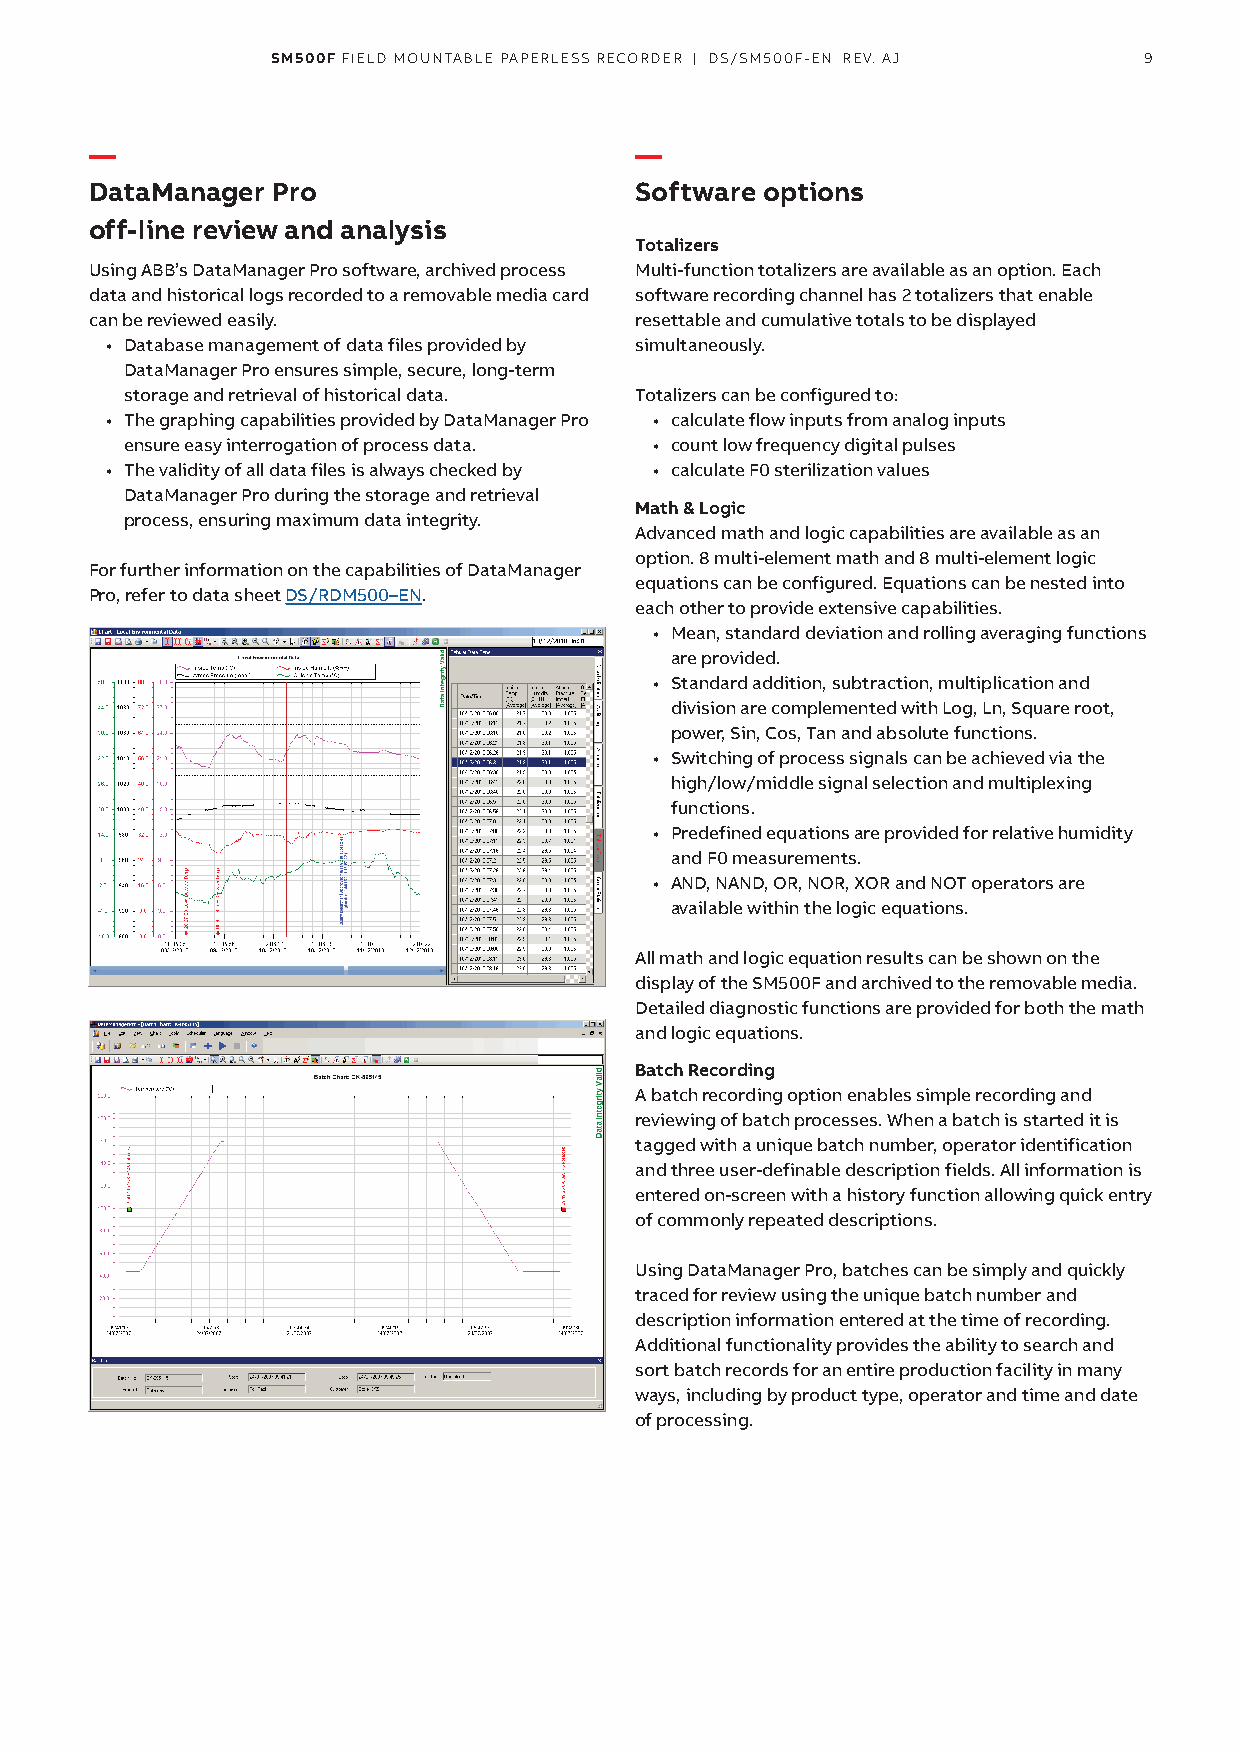
SM500F FIELD MOUNTABLE PAPERLESS RECORDER | DS/SM500F-EN REV. AJ 9
 —                                   —
 DataManager Pro                     Software options
 off-line review and analysis
 Totalizers
 Using ABB’s DataManager Pro software, archived process Multi-function totalizers are available as an option. Each
 data and historical logs recorded to a removable media card software recording channel has 2 totalizers that enable
 can be reviewed easily.             resettable and cumulative totals to be displayed
 • Database management of data files provided by simultaneously.
 DataManager Pro ensures simple, secure, long-term
 storage and retrieval of historical data. Totalizers can be configured to:
 • The graphing capabilities provided by DataManager Pro • calculate flow inputs from analog inputs
 ensure easy interrogation of process data. • count low frequency digital pulses
 • The validity of all data files is always checked by • calculate F0 sterilization values
 DataManager Pro during the storage and retrieval
 Math & Logic
 process, ensuring maximum data integrity.
 Advanced math and logic capabilities are available as an
 option. 8 multi-element math and 8 multi-element logic
 For further information on the capabilities of DataManager
 equations can be configured. Equations can be nested into
 Pro, refer to data sheet DS/RDM500–EN.
 each other to provide extensive capabilities.
 • Mean, standard deviation and rolling averaging functions
 are provided.
 • Standard addition, subtraction, multiplication and
 division are complemented with Log, Ln, Square root,
 power, Sin, Cos, Tan and absolute functions.
 • Switching of process signals can be achieved via the
 high/low/middle signal selection and multiplexing
 functions.
 • Predefined equations are provided for relative humidity
 and F0 measurements.
 • AND, NAND, OR, NOR, XOR and NOT operators are
 available within the logic equations.
 All math and logic equation results can be shown on the
 display of the SM500F and archived to the removable media.
 Detailed diagnostic functions are provided for both the math
 and logic equations.
 Batch Recording
 A batch recording option enables simple recording and
 reviewing of batch processes. When a batch is started it is
 tagged with a unique batch number, operator identification
 and three user-definable description fields. All information is
 entered on-screen with a history function allowing quick entry
 of commonly repeated descriptions.
 Using DataManager Pro, batches can be simply and quickly
 traced for review using the unique batch number and
 description information entered at the time of recording.
 Additional functionality provides the ability to search and
 sort batch records for an entire production facility in many
 ways, including by product type, operator and time and date
 of processing.